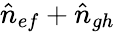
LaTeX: \hat{n}_{ef}+\hat{n}_{gh}